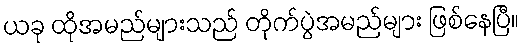
ယခု ထိုအမည်များသည် တိုက်ပွဲအမည်များ ဖြစ်နေပြီ။